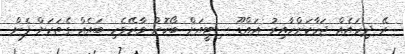
ރޭ ދިހައެއް ޖަހާކަށްހާއިރު އައްޑޫ ސިޓީއަށް ބޯކޮށް ވާރޭވެހި ބައެއް ގެތަކަށް ފެން